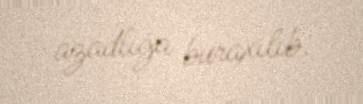
azadlığa buraxılıb.